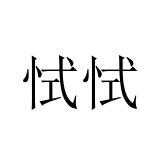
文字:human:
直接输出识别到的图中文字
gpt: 恜恜